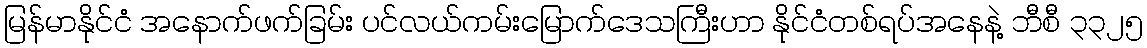
မြန်မာနိုင်ငံ အနောက်ဖက်ခြမ်း ပင်လယ်ကမ်းမြောက်ဒေသကြီးဟာ နိုင်ငံတစ်ရပ်အနေနဲ့ ဘီစီ ၃၃၂၅